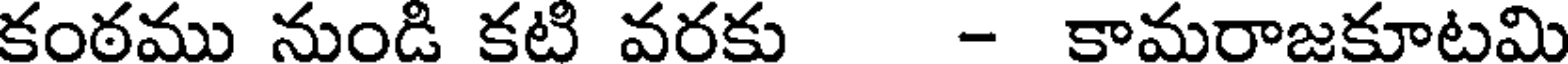
కంఠము నుండి కటి వరకు - కామరాజకూటమి